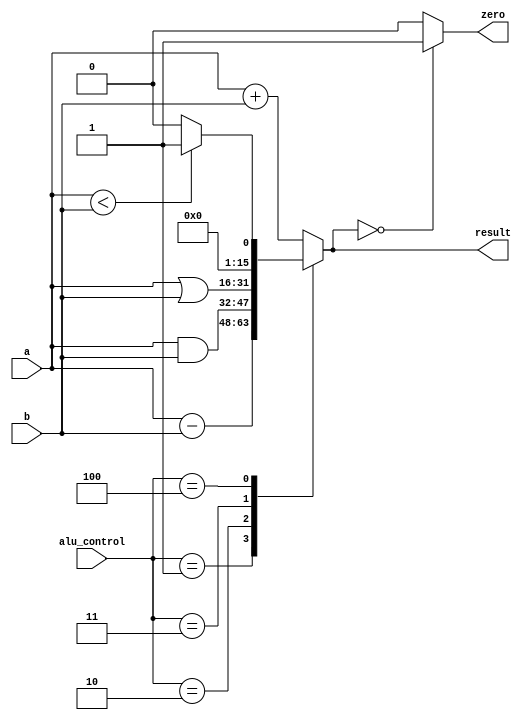
`timescale 1ns / 1ps
//////////////////////////////////////////////////////////////////////////////////
// Company: 
// 
// Design Name: 
// Module Name:    alu 
// Project Name: 
// Target Devices: 
// Tool versions: 
// Description: 
//
// Dependencies: 
//
// Revision: 
// Revision 0.01 - File Created
// Additional Comments: 
//
//////////////////////////////////////////////////////////////////////////////////
module alu(       
      input          [15:0]     a,          //src1  
      input          [15:0]     b,          //src2  
      input          [2:0]     alu_control,     //function sel  
      output     reg     [15:0]     result,          //result       
      output zero  
   );  
 always @(*)  //fpga4student.com: FPga projects, Verilog projects, VHDL projects
 begin   
      case(alu_control)  
      3'b000: result = a + b; // add  
      3'b001: result = a - b; // sub  
      3'b010: result = a & b; // and  
      3'b011: result = a | b; // or  
      3'b100: begin if (a<b) result = 16'd1;  
                     else result = 16'd0;  
                     end  
      default:result = a + b; // add  
      endcase  
 end  
 assign zero = (result==16'd0) ? 1'b1: 1'b0;  
 endmodule